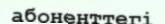
абоненттегі